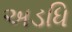
અડધિ